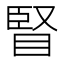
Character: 䁂